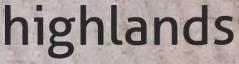
highlands